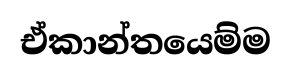
ඒකාන්තයෙම්ම